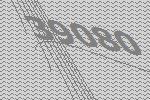
39080